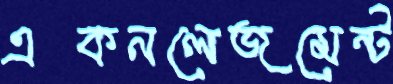
একনলেজমেন্ট